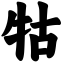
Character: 牯